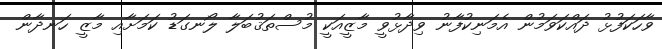
ވާހަކަފުޅު ދައްކަވަމުން އެމަނިކުފާނު ވިދާޅުވީ މާޒީއަކީ މުސްތަޤުބަލާ ލޯނގަޑު ކަމަށާއި މާޒީ ހަނދާން